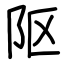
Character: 𨸟